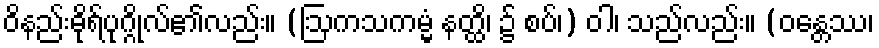
ဝိနည်းဓိုရ်ပုဂ္ဂိုလ်၏လည်း။ (ဩကသကမ္မံ နတ္ထိ၊ ၌ စပ်၊) ဝါ၊ သည်လည်း။ (ဝန္တေဿ၊